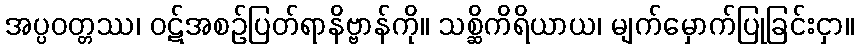
အပ္ပဝတ္တဿ၊ ဝဋ်အစဉ်ပြတ်ရာနိဗ္ဗာန်ကို။ သစ္ဆိကိရိယာယ၊ မျက်မှောက်ပြုခြင်းငှာ။